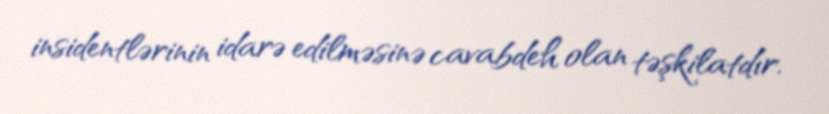
insidentlərinin idarə edilməsinə cavabdeh olan təşkilatdır.